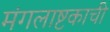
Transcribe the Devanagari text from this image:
मंगलाष्टकाची